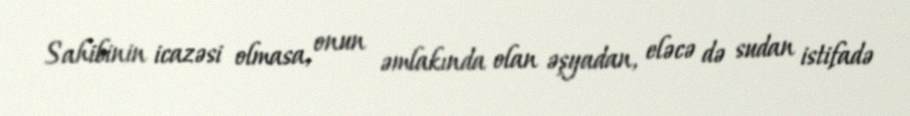
Sahibinin icazəsi olmasa, onun əmlakında olan əşyadan, eləcə də sudan istifadə